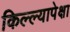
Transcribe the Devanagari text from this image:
किल्ल्यापेक्षा